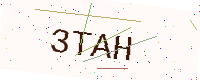
Text: 3TAH